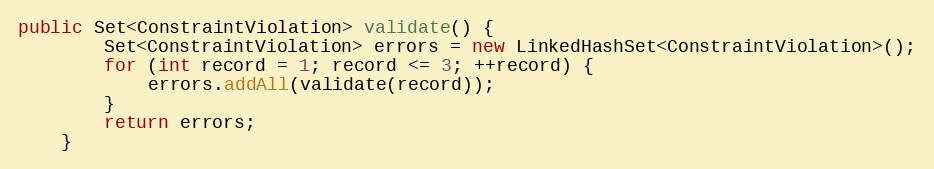
Language: Java
public Set<ConstraintViolation> validate() {
		Set<ConstraintViolation> errors = new LinkedHashSet<ConstraintViolation>();
		for (int record = 1; record <= 3; ++record) {
			errors.addAll(validate(record));
		}
		return errors;
	}